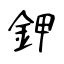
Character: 鉀